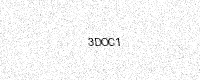
Text: 3DOC1